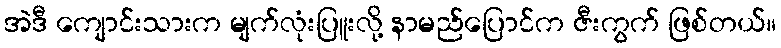
အဲဒီ ကျောင်းသားက မျက်လုံးပြူးလို့ နာမည်ပြောင်က ဇီးကွက် ဖြစ်တယ်။